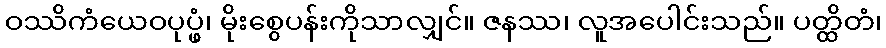
ဝဿိကံယေဝပုပ္ဖံ၊ မိုးစွေပန်းကိုသာလျှင်။ ဇနဿ၊ လူအပေါင်းသည်။ ပတ္ထိတံ၊